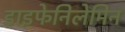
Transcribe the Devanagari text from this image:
डाइफेनिलेमिन